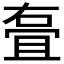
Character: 𭈸